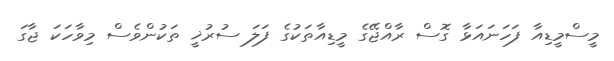
މީސްމީޑިއާ ފަހަނައަޅާ ގޮސް ރާއްޖޭގެ މީޑިއާތަކުގެ ފަލަ ސުރުޚީ ތަކުންވެސް މިވާހަކަ ޖާގަ